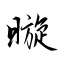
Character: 暶